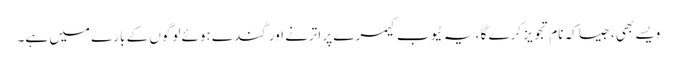
ویسے بھی ، جیسا کہ نام تجویز کرے گا ، یہ ٹیوب کیمرے پر اترنے اور گندے ہوئے لوگوں کے بارے میں ہے۔